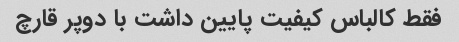
فقط کالباس کیفیت پایین داشت با دوپر قارچ